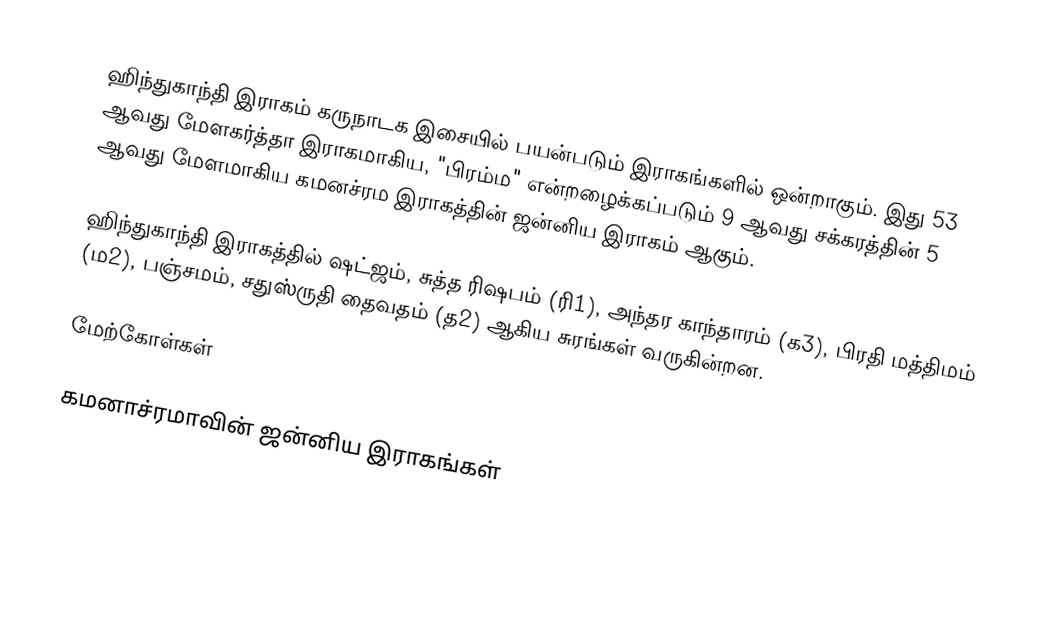
ஹிந்துகாந்தி இராகம் கருநாடக இசையில் பயன்படும் இராகங்களில் ஒன்றாகும். இது 53 ஆவது மேளகர்த்தா இராகமாகிய, "பிரம்ம" என்றழைக்கப்படும் 9 ஆவது சக்கரத்தின் 5 ஆவது மேளமாகிய கமனச்ரம இராகத்தின் ஜன்னிய இராகம் ஆகும்.

ஹிந்துகாந்தி இராகத்தில் ஷட்ஜம், சுத்த ரிஷபம் (ரி1), அந்தர காந்தாரம் (க3), பிரதி மத்திமம் (ம2), பஞ்சமம், சதுஸ்ருதி தைவதம் (த2) ஆகிய சுரங்கள் வருகின்றன.

மேற்கோள்கள்

கமனாச்ரமாவின் ஜன்னிய இராகங்கள்